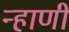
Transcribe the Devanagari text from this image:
न्हाणी